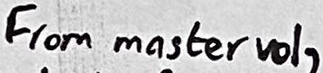
Text: From master vol,